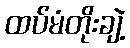
ထပ်မံတိုးချဲ့